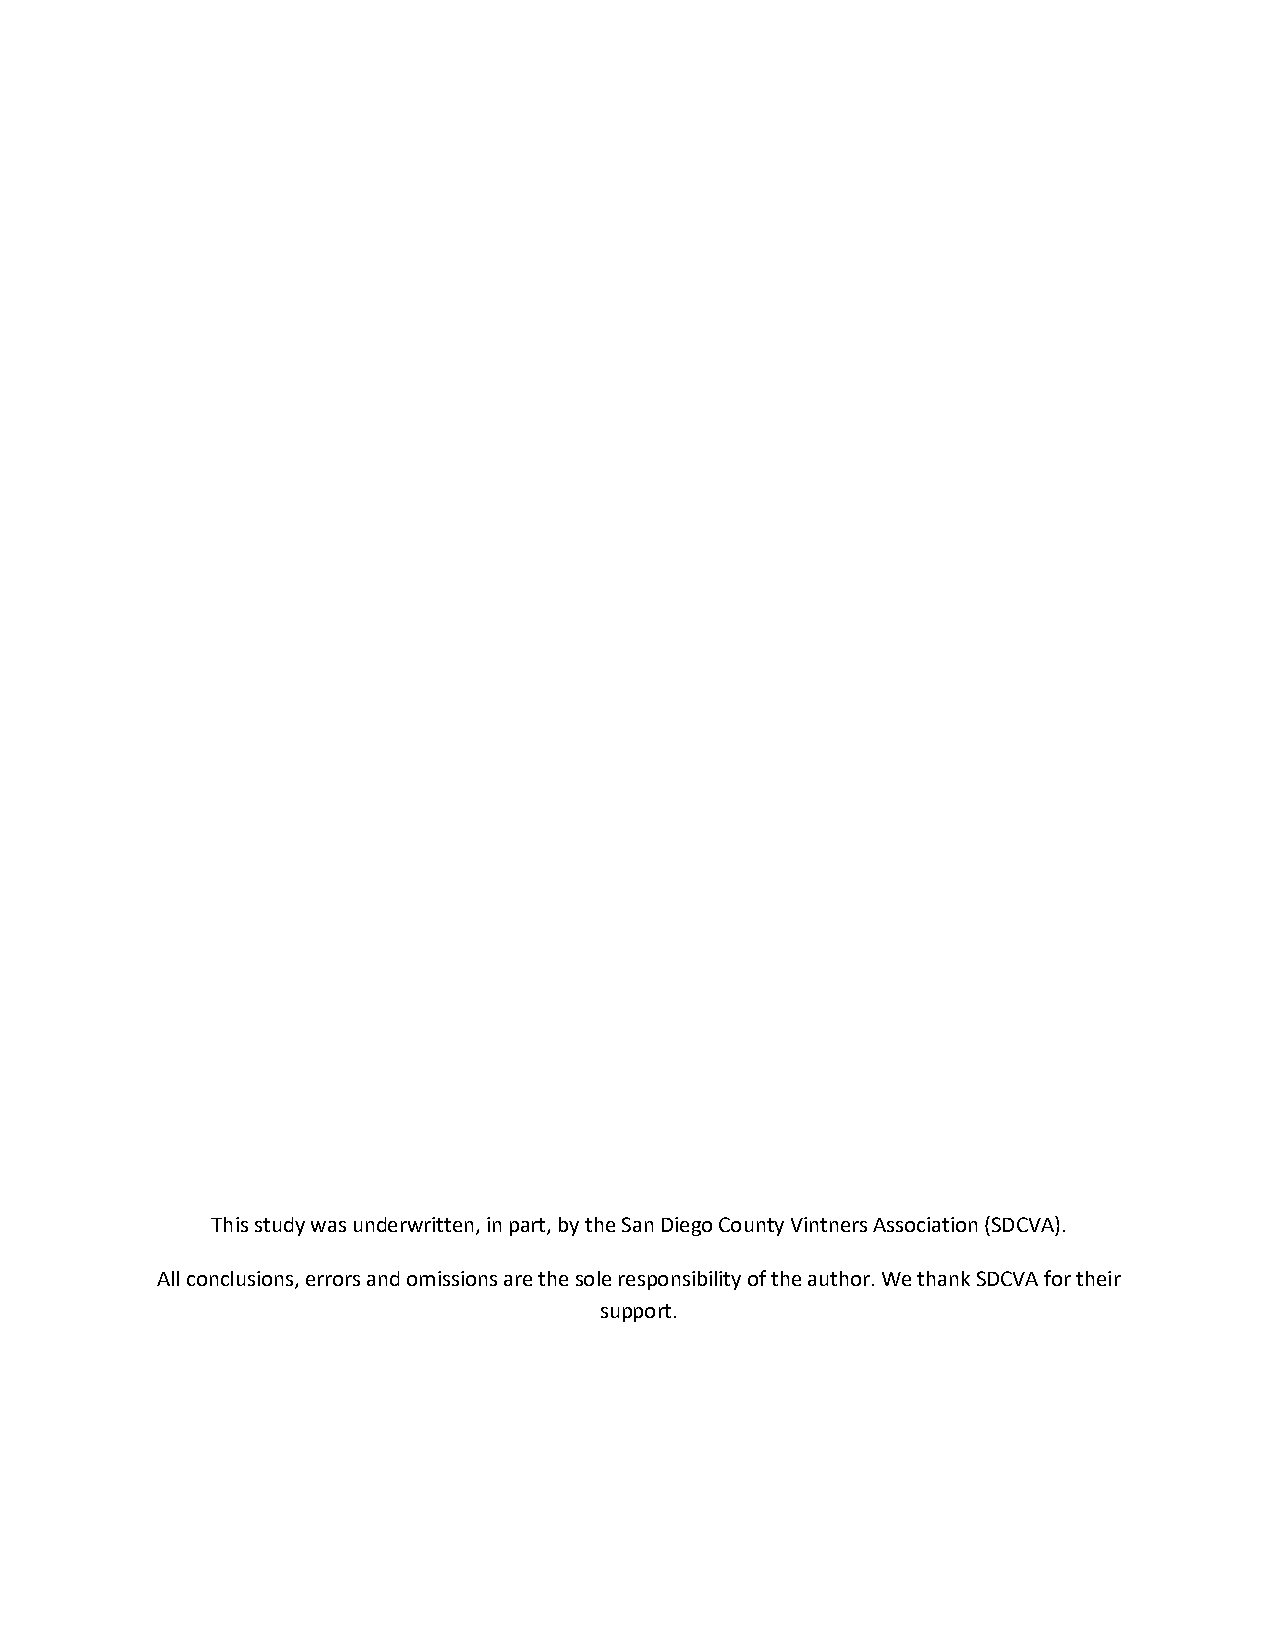
This study was underwritten, in part, by the San Diego County Vintners Association (SDCVA).
 All conclusions, errors and omissions are the sole responsibility of the author. We thank SDCVA for their
 support.